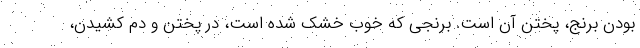
بودن برنج، پختن آن است. برنجی که خوب خشک شده است، در پختن و دم کشیدن،